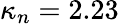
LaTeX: \kappa_{n}=2.23